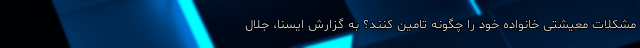
مشکلات معیشتی خانواده خود را چگونه تامین کنند؟ به گزارش ایسنا، جلال